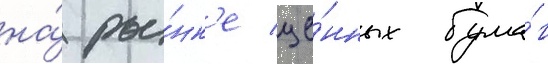
на́ ры́нк'е це́нных бума́г